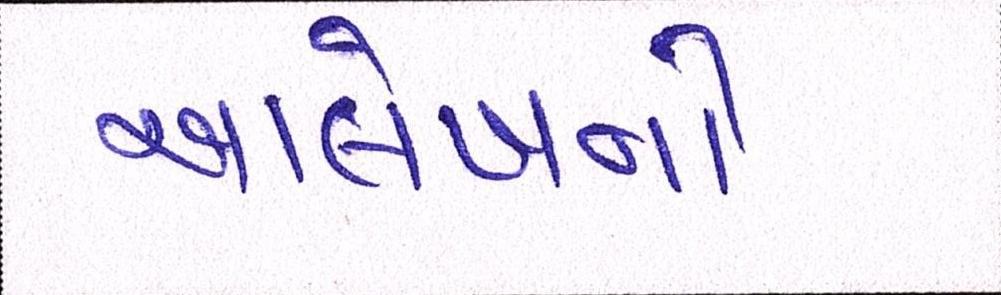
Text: આલેખનો